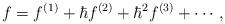
LaTeX: \begin{align*}f = f^{(1)} + \hbar f^{(2)} + \hbar^2 f^{(3)} + \cdots,\end{align*}